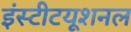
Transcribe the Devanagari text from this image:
इंस्‍टीटयूशनल